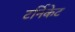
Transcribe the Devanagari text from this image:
टर्निकेट